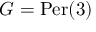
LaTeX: G = { \mathrm { P e r } } ( 3 )